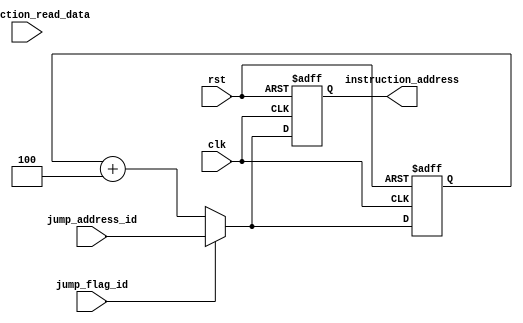
// module IF (clk,rst,jump_flag_id,jump_address_id,instruction_read_data,instruction_valid,instruction_address,instruction);
module IF (clk,rst,jump_flag_id,jump_address_id,instruction_read_data,instruction_address);
input clk,rst;
input jump_flag_id;
input [31:0] jump_address_id;
input [31:0] instruction_read_data;
// input instruction_valid;
output reg [31:0] instruction_address;
reg [31:0] pre_instruction_address;

reg [31:0] instruction_count;

always @(posedge clk or posedge rst)begin
    if(rst)begin
        instruction_address <= 32'h0;
        // instruction <= 32'h0000_0013; //nop = addi x0,x0,0
        pre_instruction_address <= 32'h0;
        instruction_count <= 0;
    end
    else begin
        // instruction <= instruction_read_data;
        pre_instruction_address <= (jump_flag_id) ? jump_address_id: pre_instruction_address + 32'd4;
        instruction_address <= (jump_flag_id) ? jump_address_id: pre_instruction_address + 32'd4;

        instruction_count <= instruction_count + 1;
    end
end
    
endmodule